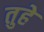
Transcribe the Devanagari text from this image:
तुहे